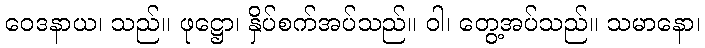
ဝေဒနာယ၊ သည်။ ဖုဋ္ဌော၊ နှိပ်စက်အပ်သည်။ ဝါ၊ တွေ့အပ်သည်။ သမာနော၊